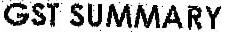
GST SUMMARY